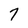
Character: 7